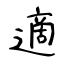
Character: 適